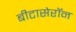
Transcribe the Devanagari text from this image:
बीटासेरॉन